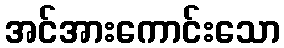
အင်အားကောင်းသော